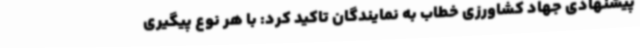
پیشنهادی جهاد کشاورزی خطاب به نمایندگان تاکید کرد: با هر نوع پیگیری